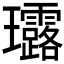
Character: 𤫢